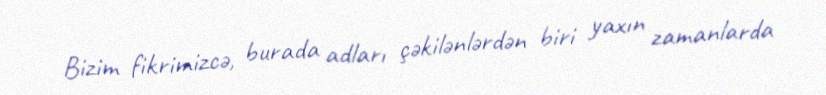
Bizim fikrimizcə, burada adları çəkilənlərdən biri yaxın zamanlarda